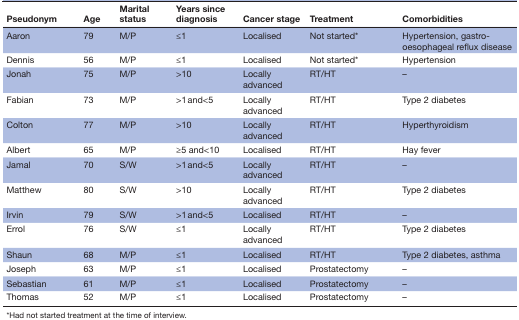
<table><thead><tr><td><b>Pseudonym</b></td><td><b>Age</b></td><td><b>Marital status</b></td><td><b>Years since diagnosis</b></td><td><b>Cancer stage</b></td><td><b>Treatment</b></td><td><b>Comorbidities</b></td></tr></thead><tbody><tr><td>Aaron</td><td>79</td><td>M/P</td><td>≤1</td><td>Localised</td><td>Not started*</td><td>Hypertension, gastro-oesophageal reflux disease</td></tr><tr><td>Dennis</td><td>56</td><td>M/P</td><td>≤1</td><td>Localised</td><td>Not started*</td><td>Hypertension</td></tr><tr><td>Jonah</td><td>75</td><td>M/P</td><td>&gt;10</td><td>Locally advanced</td><td>RT/HT</td><td>–</td></tr><tr><td>Fabian</td><td>73</td><td>M/P</td><td>&gt;1 and&lt;5</td><td>Locally advanced</td><td>RT/HT</td><td>Type 2 diabetes</td></tr><tr><td>Colton</td><td>77</td><td>M/P</td><td>&gt;10</td><td>Locally advanced</td><td>RT/HT</td><td>Hyperthyroidism</td></tr><tr><td>Albert</td><td>65</td><td>M/P</td><td>≥5 and&lt;10</td><td>Localised</td><td>RT/HT</td><td>Hay fever</td></tr><tr><td>Jamal</td><td>70</td><td>S/W</td><td>&gt;1 and&lt;5</td><td>Locally advanced</td><td>RT/HT</td><td>–</td></tr><tr><td>Matthew</td><td>80</td><td>S/W</td><td>&gt;10</td><td>Locally advanced</td><td>RT/HT</td><td>Type 2 diabetes</td></tr><tr><td>Irvin</td><td>79</td><td>S/W</td><td>&gt;1 and&lt;5</td><td>Localised</td><td>RT/HT</td><td>–</td></tr><tr><td>Errol</td><td>76</td><td>S/W</td><td>≤1</td><td>Locally advanced</td><td>RT/HT</td><td>Type 2 diabetes</td></tr><tr><td>Shaun</td><td>68</td><td>M/P</td><td>≤1</td><td>Localised</td><td>RT/HT</td><td>Type 2 diabetes, asthma</td></tr><tr><td>Joseph</td><td>63</td><td>M/P</td><td>≤1</td><td>Localised</td><td>Prostatectomy</td><td>–</td></tr><tr><td>Sebastian</td><td>61</td><td>M/P</td><td>≤1</td><td>Localised</td><td>Prostatectomy</td><td>–</td></tr><tr><td>Thomas</td><td>52</td><td>M/P</td><td>≤1</td><td>Localised</td><td>Prostatectomy</td><td>–</td></tr></tbody></table>